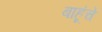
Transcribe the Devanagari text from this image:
बाहूंचे